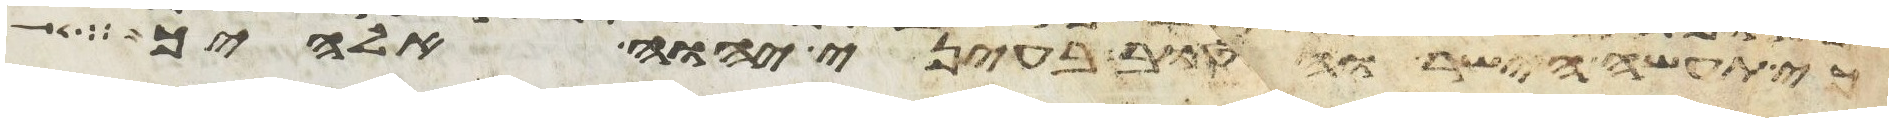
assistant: כי תעשה הישר והטוב בעיני יהוה אלהיך